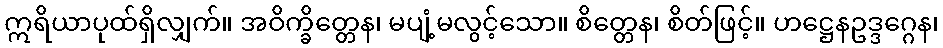
ဣရိယာပုထ်ရှိလျှက်။ အဝိက္ခိတ္တေန၊ မပျံ့မလွင့်သော။ စိတ္တေန၊ စိတ်ဖြင့်။ ဟဋ္ဌေနဥဒ္ဒဂ္ဂေန၊